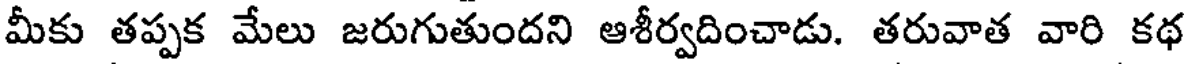
మీకు తప్పక మేలు జరుగుతుందని ఆశీర్వదించాడు. తరువాత వారి కథ